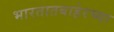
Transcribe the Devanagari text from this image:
भारतातबाहेरच्या